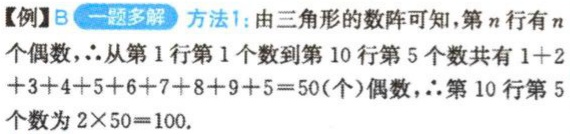
【例】B 一题多解 方法1:由三角形的数阵可知,第\(n\)行有\(n\)个偶数,\(\therefore\)从第1行第1个数到第10行第5个数共有\(1 + 2+3 + 4 + 5 + 6 + 7 + 8 + 9 + 5 = 50\)(个)偶数,\(\therefore\)第10行第5个数为\(2\times50 = 100\).